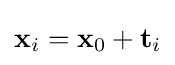
\mathbf {x} _{i}=\mathbf {x} _{0}+\mathbf {t} _{i}